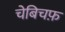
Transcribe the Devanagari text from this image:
चेबिचफ़